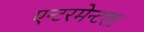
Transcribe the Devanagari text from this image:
एन्टरमेन्टला